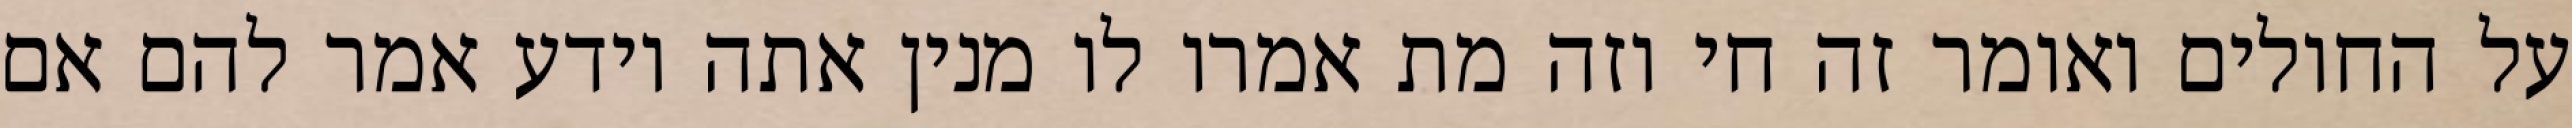
על החולים ואומר זה חי וזה מת אמרו לו מנין אתה יודע אמר להם אם